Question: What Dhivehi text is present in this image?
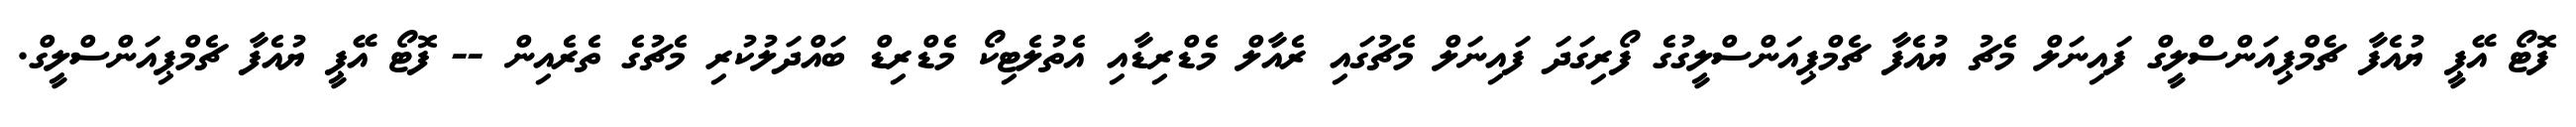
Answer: ފޮޓޯ އޭޕީ ޔުއެފާ ޗެމްޕިއަންސްލީގް ފައިނަލް މެޗު ޔުއެފާ ޗެމްޕިއަންސްލީގުގެ ފޯރިގަދަ ފައިނަލް މެޗުގައި ރެއާލް މެޑްރިޑާއި އެތުލެޓިކޯ މެޑްރިޑް ބައްދަލުކުރި މެޗުގެ ތެރެއިން -- ފޮޓޯ އޭޕީ ޔުއެފާ ޗެމްޕިއަންސްލީގް.